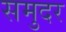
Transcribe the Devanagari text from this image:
समुदर